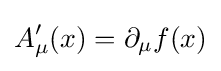
A'_{\mu }(x)=\partial _{\mu }f(x)